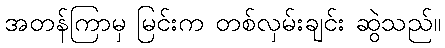
အတန်ကြာမှ မြင်းက တစ်လှမ်းချင်း ဆွဲသည်။